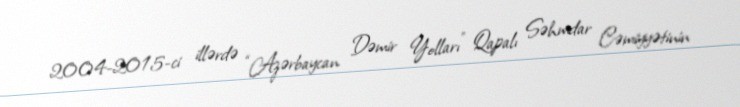
2004-2015-ci illərdə “Azərbaycan Dəmir Yolları” Qapalı Səhmdar Cəmiyyətinin